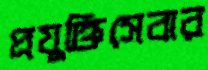
প্রযুক্তিসেবার